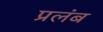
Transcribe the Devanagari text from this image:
प्रलंब